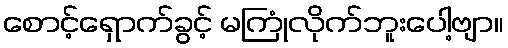
စောင့်ရှောက်ခွင့် မကြုံလိုက်ဘူးပေါ့ဗျာ။